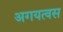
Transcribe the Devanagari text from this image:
अगयत्वस